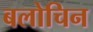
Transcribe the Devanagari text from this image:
बलोचिन